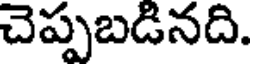
చెప్పబడినది.